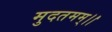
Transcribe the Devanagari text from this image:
मुदतमम्।।